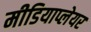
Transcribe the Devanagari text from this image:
मीडियाप्लेयर